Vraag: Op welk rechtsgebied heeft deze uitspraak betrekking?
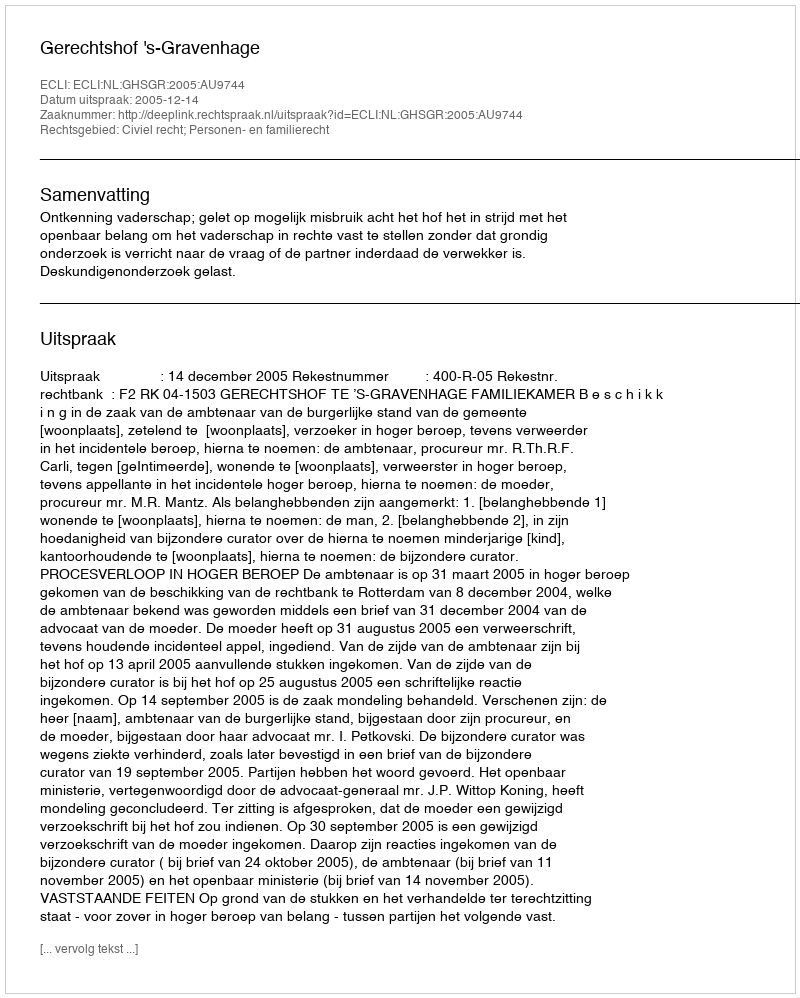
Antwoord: Civiel recht; Personen- en familierecht